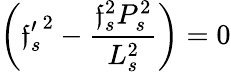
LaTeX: \biggl({\mathfrak{f}_{s}^{\prime}}^{2}-\frac{{\mathfrak{f}_{s}^{2}P_{s}^{2}}}{{L_{s}^{2}}}\biggr)=0